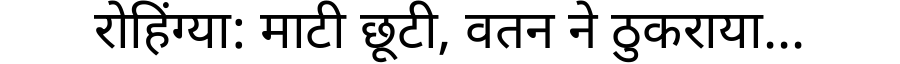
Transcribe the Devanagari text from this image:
रोहिंग्या: माटी छूटी, वतन ने ठुकराया...